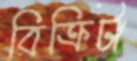
বিক্রিটা